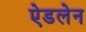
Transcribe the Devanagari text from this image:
ऐडलेन